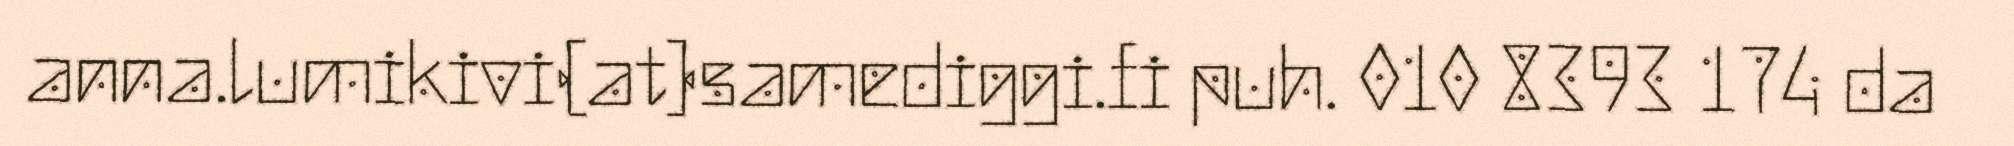
anna.lumikivi(at)samediggi.fi puh. 010 8393 174 da